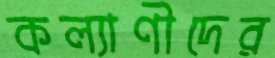
কল্যাণীদের